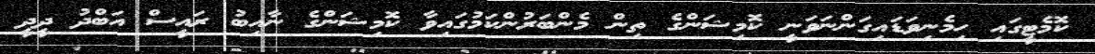
ކޮމެޓީގައި ހިމެނިވަޑައިގަންނަވަނީ ކޮމިޝަންގެ ތިން މެންބަރުންކަމުގައިވާ ކޮމިޝަންގެ ނާއިބު ރައީސް އަބްދު ދީދީ